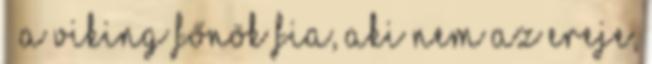
– a viking főnök fia, aki nem az ereje,